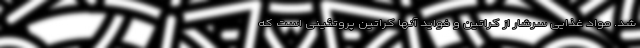
شد. مواد غذایی سرشار از کراتین و فواید آنها کراتین پروتئینی است که